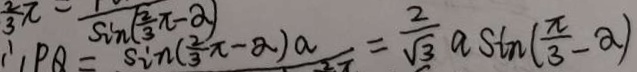
\therefore P Q = \sin ( \frac { 2 } { 3 } \pi - \alpha ) = \frac { 3 } { \sqrt { 3 } } a \sin ( \frac { \pi } { 3 } - \alpha )